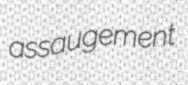
assaugement